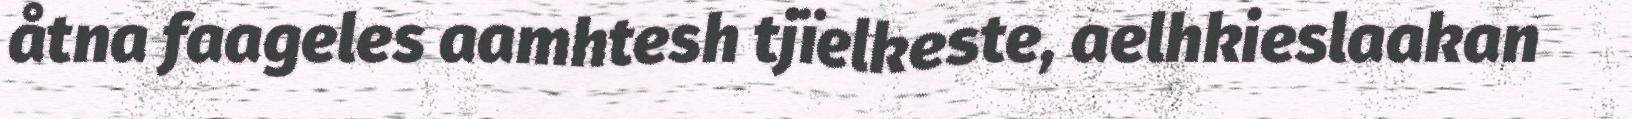
åtna faageles aamhtesh tjïelkeste, aelhkieslaakan